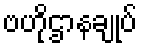
ဗဟိုဌာနချုပ်